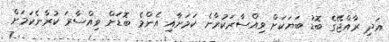
އަދި ރާއްޖޭގެ ބޮޑު ބަޔަކަށް ވިއްސާރަކުރާނެ ކަމަށާއި އެންމެ ބޮޑަށް ވިއްސާރަ ކުރާނެކަމަށް